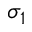
\sigma _ { 1 }